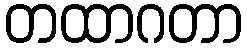
တထာဂတာ